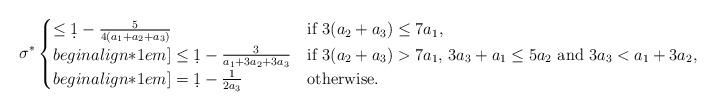
LaTeX: \begin{align*} \sigma^*\begin{cases}\le \d 1-\frac {5}{4(a_1+a_2+a_3)} & \mbox{if $3(a_2+a_3)\le 7a_1$, }\\begin{align*}1em]\le \d 1-\frac {3}{a_1+3a_2+3a_3} & \mbox{if $3(a_2+a_3)> 7a_1$, $3 a_3+a_1\le 5 a_2$ and $3 a_3< a_1+3 a_2$,}\\begin{align*}1em]= \d 1-\frac {1}{2a_3} & \mbox{otherwise.}\end{cases}\end{align*}